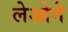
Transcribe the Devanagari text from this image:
लेओने